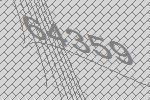
64359